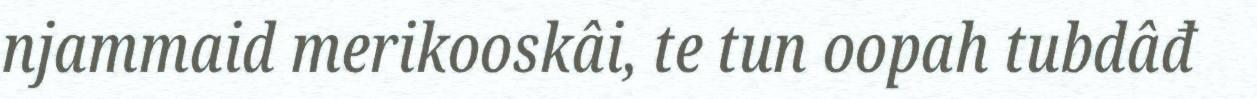
njammaid merikooskâi, te tun oopah tubdâđ